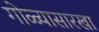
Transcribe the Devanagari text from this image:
गोळ्यासारखा